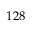
1 2 8